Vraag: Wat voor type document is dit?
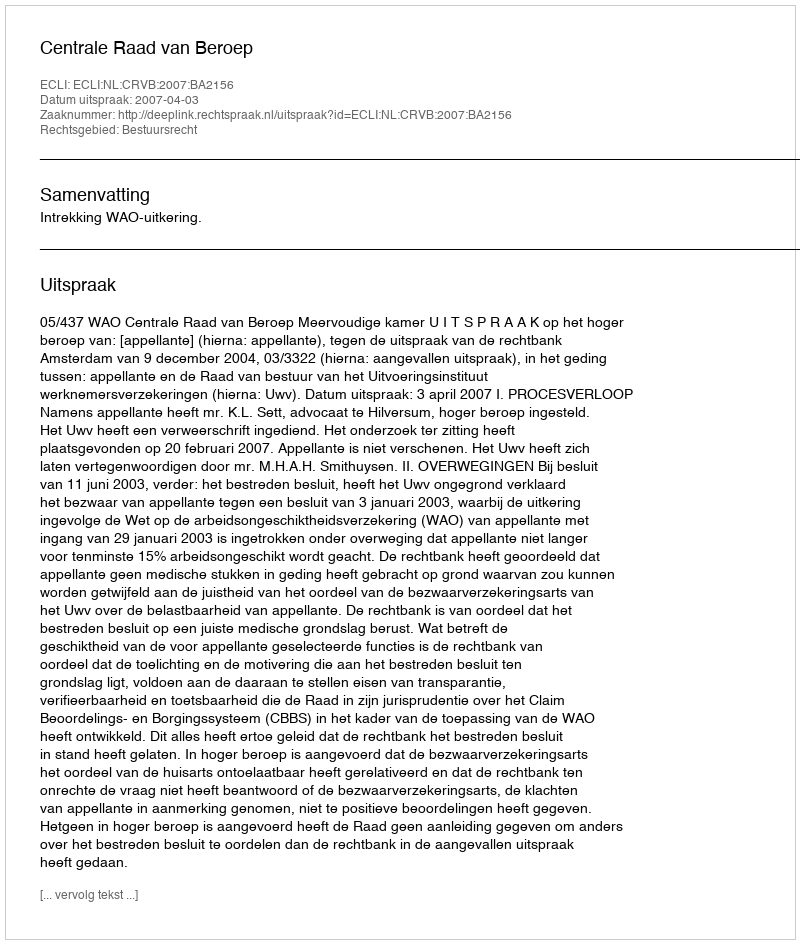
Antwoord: Uitspraak